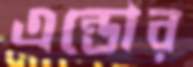
এন্ডোর